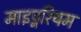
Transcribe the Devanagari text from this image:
माइट्नरियम